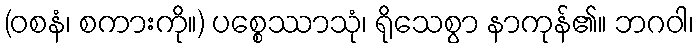
(ဝစနံ၊ စကားကို။) ပစ္စေဿာသုံ၊ ရိုသေစွာ နာကုန်၏။ ဘဂဝါ၊